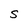
Character: s